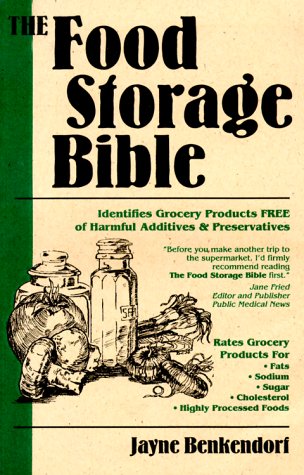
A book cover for The Food Storage Bible; Jayne Benkendorf; Health, Fitness & Dieting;